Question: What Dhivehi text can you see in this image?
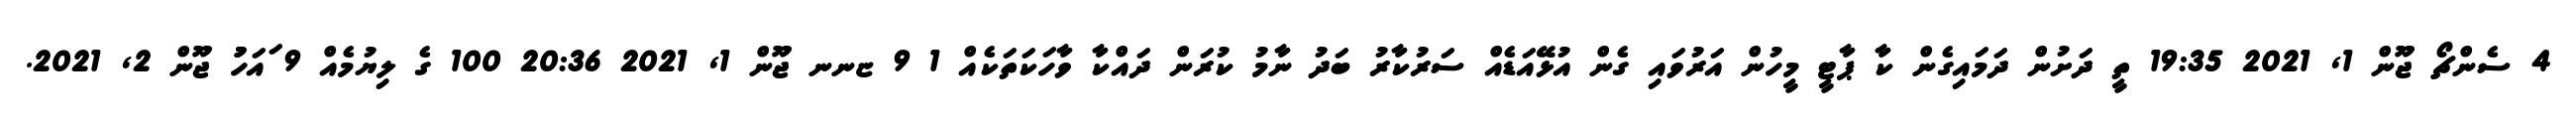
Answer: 4 ސެންޗޯ ޖޫން 1, 2021 19:35 ތީ ދަށުން ދަމައިގެން ކާ ޕާޓީ މީހުން އަރުވައި ގެން އުޅޭއަޑެއް ސަރުކާރު ބަދު ނާމު ކުރަން ދައްކާ ވާހަކަތަކެއް 1 9 ޏނނ ޖޫން 1, 2021 20:36 100 ގެ ލިޔުމެއް 9 ައަހުުު ޖޫން 2, 2021.